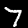
Label: 7